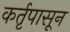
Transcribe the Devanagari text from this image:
कर्तृपासून